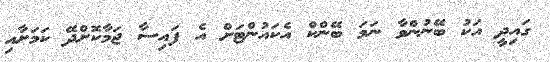
ގައިދީ އަކު ބޭނުންވާ ނަމަ ބޭންކް އެކައުންޓަށް އެ ފައިސާ ޖަމާކޮށްދޭ ކަމަށާއި